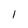
Character: l